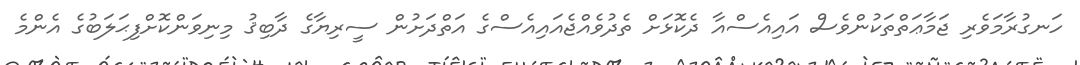
ހަނގުރާމަވެރި ޖަމާޢަތްތަކުންވެސް އައިއެސްއާ ދެކޮޅަށް ތެދުވެއްޖެއައިއެސްގެ އަތްދަށުން ސީރިޔާގެ ދާބިޤު މިނިވަންކޮށްފިޙަލަބުގެ އެންމެ